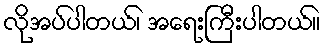
လိုအပ်ပါတယ်၊ အရေးကြီးပါတယ်။